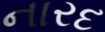
નારદ